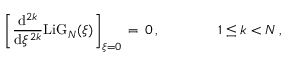
\begin{array} { l } { \displaystyle \left[ \frac { \mathrm { d } ^ { 2 k } } { \mathrm { d } \xi ^ { 2 k } } \mathrm { L i G } _ { N } ( \xi ) \right] _ { \xi = 0 } \, = \, 0 \, , \qquad \qquad 1 \le k < N \, , } \end{array}